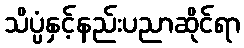
သိပ္ပံနှင့်နည်းပညာဆိုင်ရာ